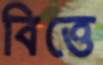
বিত্তে